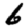
Digit: 6